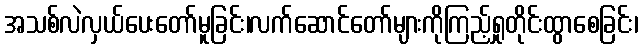
အသစ်လဲလှယ်ပေးတော်မူခြင်း၊လက်ဆောင်တော်များကိုကြည့်ရှုတိုင်းထွာစေခြင်း၊